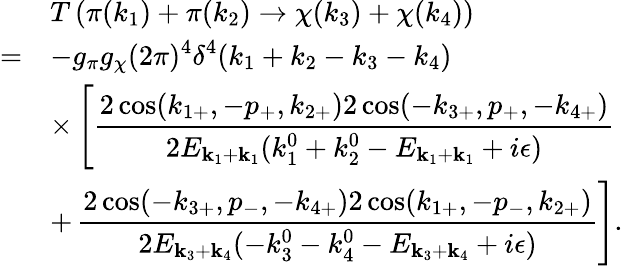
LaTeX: \begin{array}{rl}{{}}&{{T\left(\pi(k_{1})+\pi(k_{2})\to\chi(k_{3})+\chi(k_{4})\right)}}\\ {{=}}&{{\displaystyle-g_{\pi}g_{\chi}(2\pi)^{4}\delta^{4}(k_{1}+k_{2}-k_{3}-k_{4})}}\\ {{}}&{{\displaystyle\times\left[\frac{2\cos(k_{1+},-p_{+},k_{2+})2\cos(-k_{3+},p_{+},-k_{4+})}{2E_{{\mathbf k}_{1}+{\mathbf k}_{1}}(k_{1}^{0}+k_{2}^{0}-E_{{\mathbf k}_{1}+{\mathbf k}_{1}}+i\epsilon)}\right.}}\\ {{}}&{{\displaystyle+\left.\frac{2\cos(-k_{3+},p_{-},-k_{4+})2\cos(k_{1+},-p_{-},k_{2+})}{2E_{{\mathbf k}_{3}+{\mathbf k}_{4}}(-k_{3}^{0}-k_{4}^{0}-E_{{\mathbf k}_{3}+{\mathbf k}_{4}}+i\epsilon)}\right].}}\end{array}